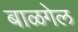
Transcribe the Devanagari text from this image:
बाळगेल